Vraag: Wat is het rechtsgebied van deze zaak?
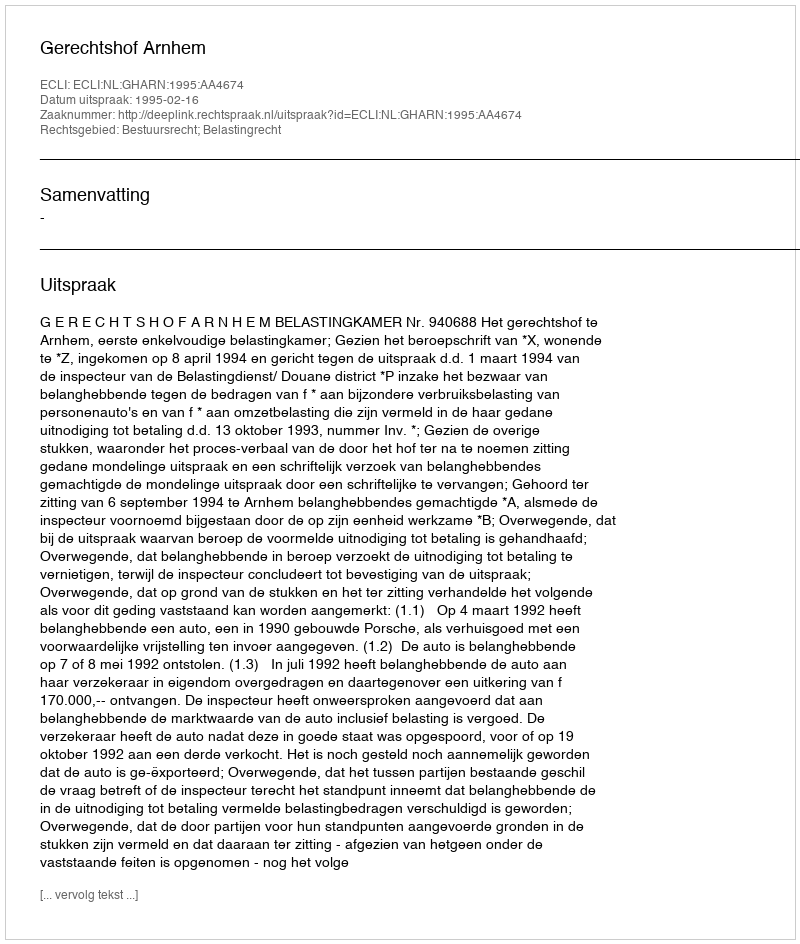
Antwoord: Bestuursrecht; Belastingrecht